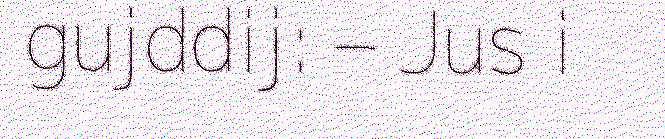
gujddij: – Jus i